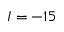
I = - 1 5